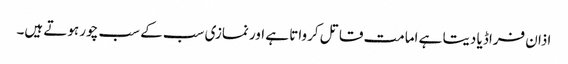
اذان فراڈیا دیتا ہے امامت قاتل کرواتا ہے اور نمازی سب کے سب چور ہوتے ہیں۔